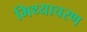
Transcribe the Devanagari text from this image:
मिथ्याचरण